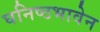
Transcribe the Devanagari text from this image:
घनिष्ठभावेन